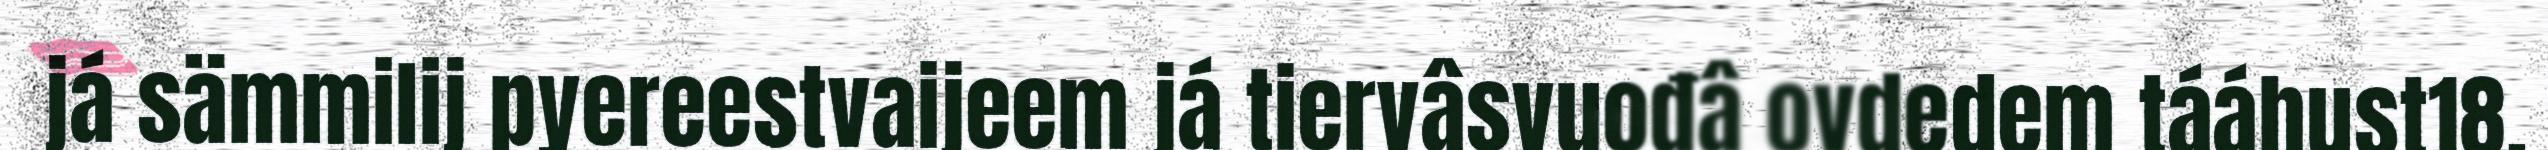
já sämmilij pyereestvaijeem já tiervâsvuođâ ovdedem tááhust18.